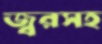
জ্বরসহ